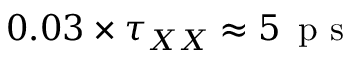
0 . 0 3 \times \tau _ { X X } \approx 5 \, \mathrm { ~ p ~ s ~ }